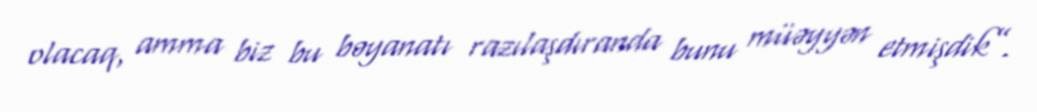
olacaq, amma biz bu bəyanatı razılaşdıranda bunu müəyyən etmişdik”.